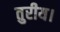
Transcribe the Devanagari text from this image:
तुरीय।